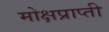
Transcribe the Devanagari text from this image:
मोक्षप्राप्‍ती